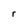
Character: r